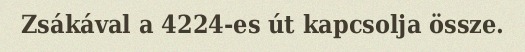
Zsákával a 4224-es út kapcsolja össze.